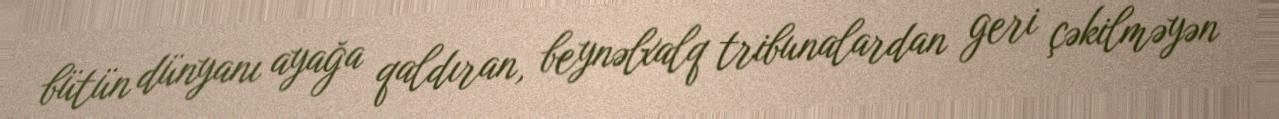
bütün dünyanı ayağa qaldıran, beynəlxalq tribunalardan geri çəkilməyən